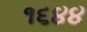
૧૬૪૪